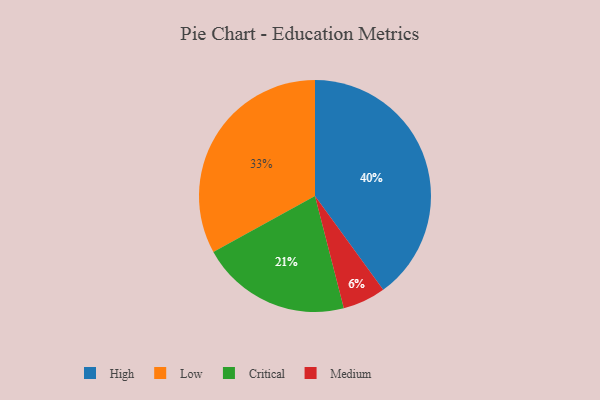
{"axis": {"x": "Category", "y": "Percentage"}, "legend": ["Critical", "High", "Low", "Medium"], "data": [{"x": "Medium", "y": 6, "type": "Medium"}, {"x": "Low", "y": 33, "type": "Low"}, {"x": "Critical", "y": 21, "type": "Critical"}, {"x": "High", "y": 40, "type": "High"}]}